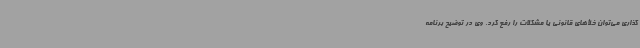
‌گذاری می‌توان خلأ‌های قانونی یا مشکلات را رفع کرد. وی در توضیح برنامه